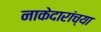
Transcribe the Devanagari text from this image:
नाकेदारांच्या